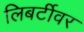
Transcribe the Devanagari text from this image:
लिबर्टीवर